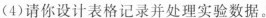
(4)请你设计表格记录并处理实验数据。